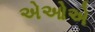
એઓએ